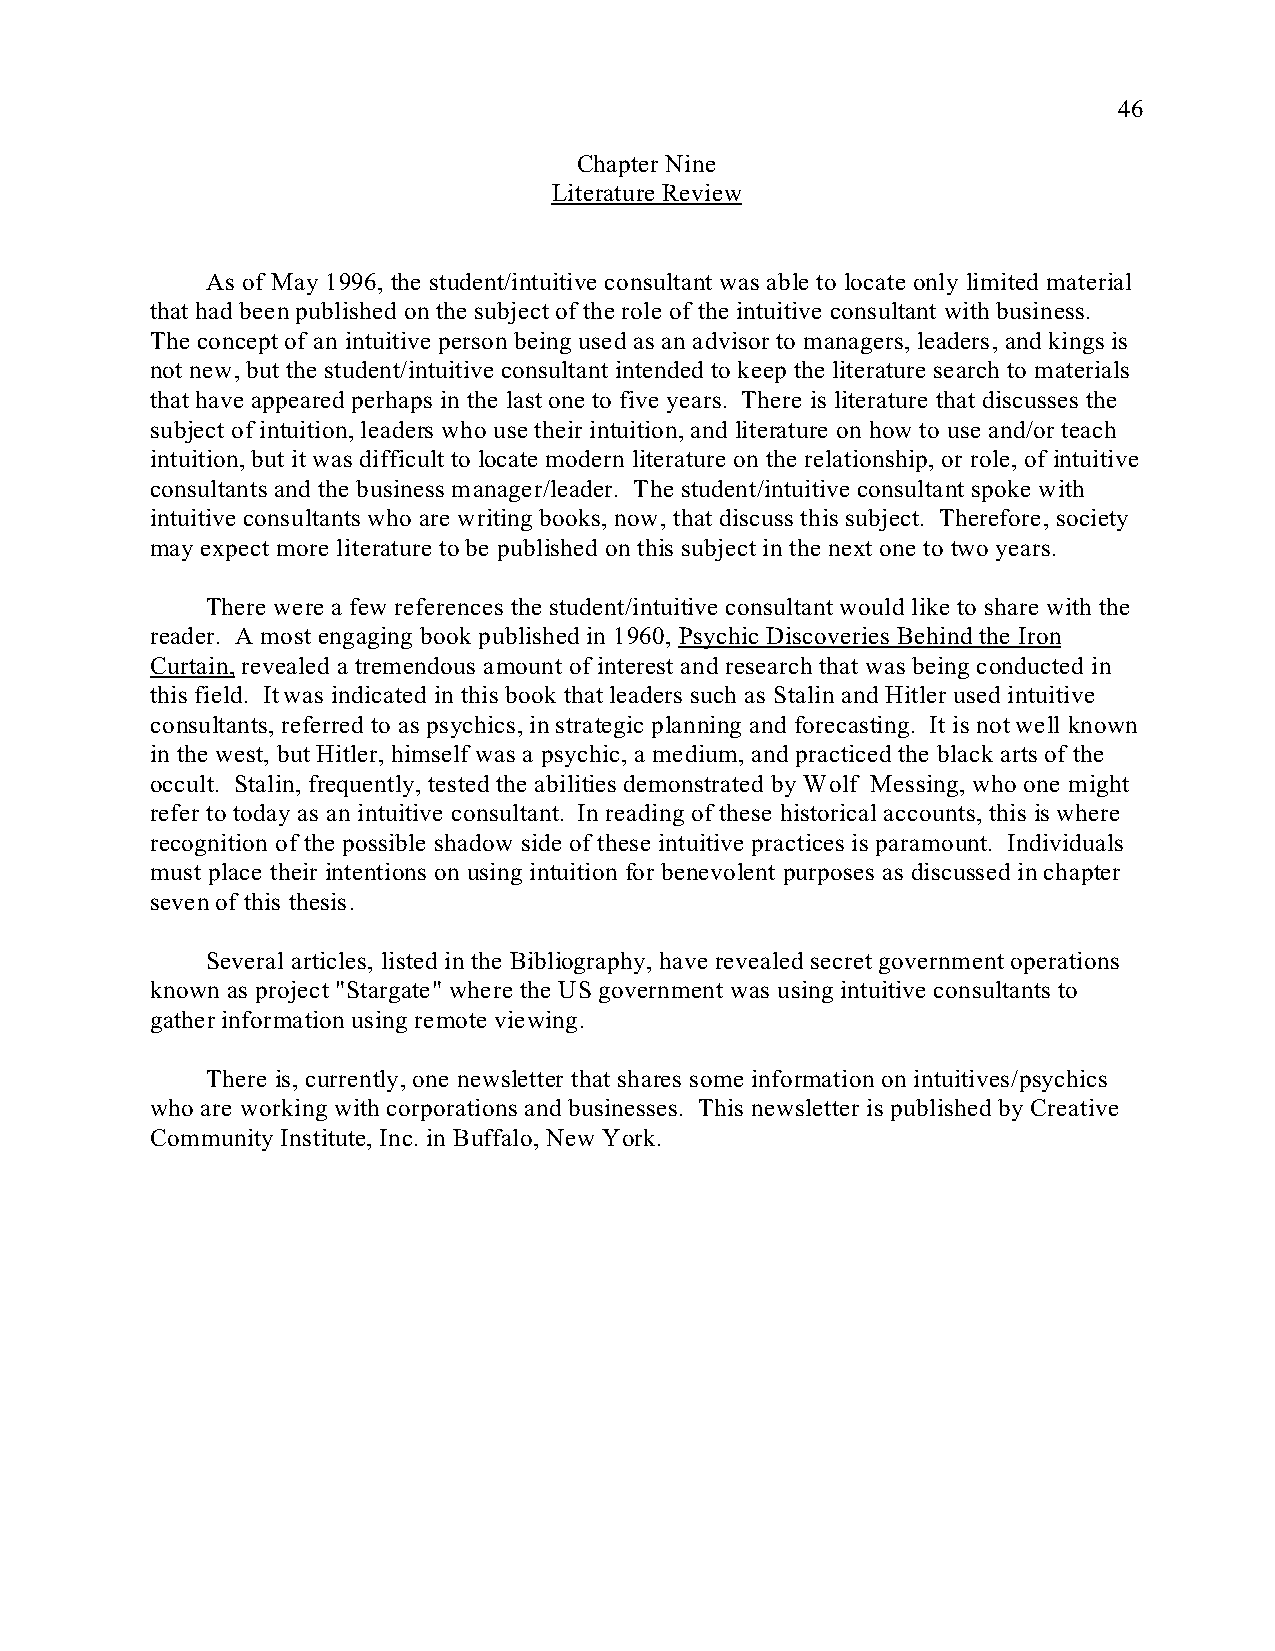
46
 Chapter Nine
 Literature Review
 As of May 1996, the student/intuitive consultant was able to locate only limited material
 that had been published on the subject of the role of the intuitive consultant with business.
 The concept of an intuitive person being used as an advisor to managers, leaders, and kings is
 not new, but the student/intuitive consultant intended to keep the literature search to materials
 that have appeared perhaps in the last one to five years. There is literature that discusses the
 subject of intuition, leaders who use their intuition, and literature on how to use and/or teach
 intuition, but it was difficult to locate modern literature on the relationship, or role, of intuitive
 consultants and the business manager/leader. The student/intuitive consultant spoke with
 intuitive consultants who are writing books, now, that discuss this subject. Therefore, society
 may expect more literature to be published on this subject in the next one to two years.
 There were a few references the student/intuitive consultant would like to share with the
 reader. A most engaging book published in 1960, Psychic Discoveries Behind the Iron
 Curtain, revealed a tremendous amount of interest and research that was being conducted in
 this field. It was indicated in this book that leaders such as Stalin and Hitler used intuitive
 consultants, referred to as psychics, in strategic planning and forecasting. It is not well known
 in the west, but Hitler, himself was a psychic, a medium, and practiced the black arts of the
 occult. Stalin, frequently, tested the abilities demonstrated by Wolf Messing, who one might
 refer to today as an intuitive consultant. In reading of these historical accounts, this is where
 recognition of the possible shadow side of these intuitive practices is paramount. Individuals
 must place their intentions on using intuition for benevolent purposes as discussed in chapter
 seven of this thesis.
 Several articles, listed in the Bibliography, have revealed secret government operations
 known as project "Stargate" where the US government was using intuitive consultants to
 gather information using remote viewing.
 There is, currently, one newsletter that shares some information on intuitives/psychics
 who are working with corporations and businesses. This newsletter is published by Creative
 Community Institute, Inc. in Buffalo, New York.